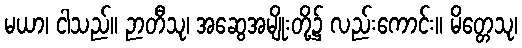
မယာ၊ ငါသည်။ ဉာတီသု၊ အဆွေအမျိုးတို့၌ လည်းကောင်း။ မိတ္တေသု၊